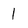
Character: 1